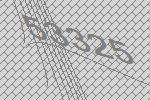
53325